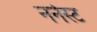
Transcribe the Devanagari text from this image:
नर्नस्ट